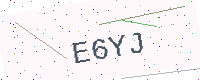
Text: E6YJ